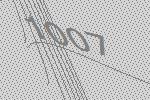
1007